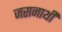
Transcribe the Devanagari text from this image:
जसनाथी